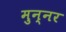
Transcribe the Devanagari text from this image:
मुन्नर